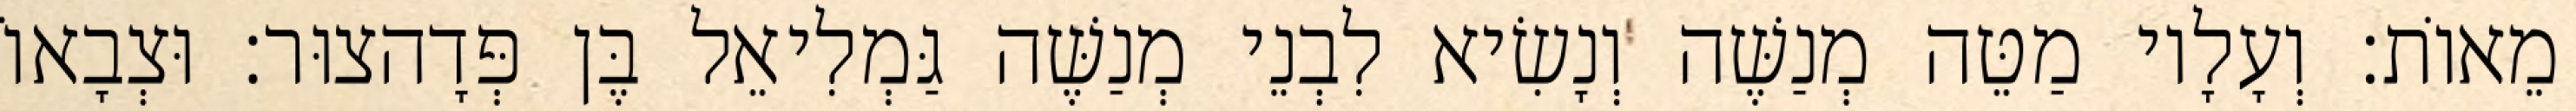
מֵאוֹת׃ וְעָלָיו מַטֵּה מְנַשֶּׁה וְנָשִׂיא לִבְנֵי מְנַשֶּׁה גַּמְלִיאֵל בֶּן פְּדָהצוּר׃ וּצְבָאוֹ